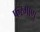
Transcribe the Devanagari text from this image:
फरमाणु